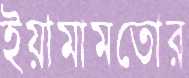
ইয়ামামতোর